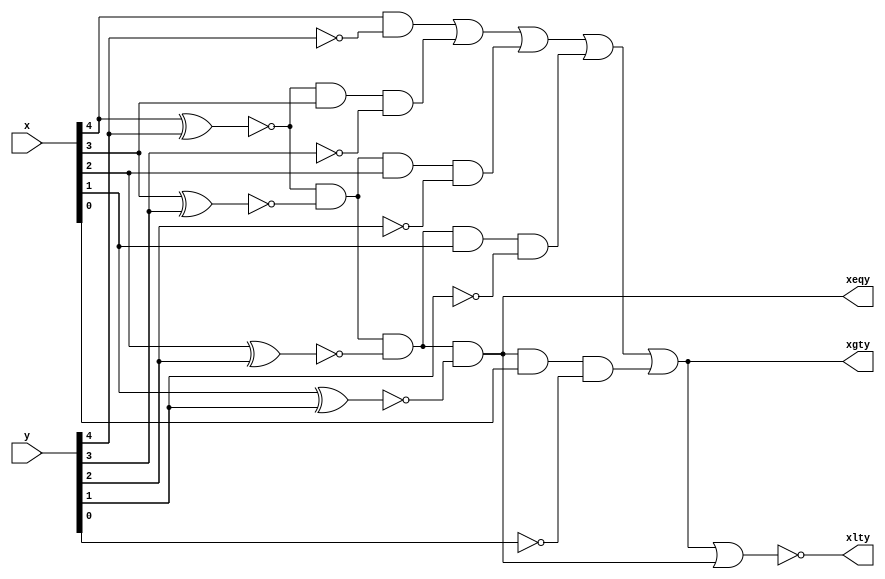
module lab5q1(x,y,xeqy,xgty,xlty);

input [4:0] x,y;
output xeqy,xgty,xlty;
wire i4,i3,i2,i1;

assign i4 = ~(x[4] ^ y[4]);
assign i3 = ~(x[3] ^ y[3]);
assign i2 = ~(x[2] ^ y[2]);
assign i1 = ~(x[1] ^ y[1]);

assign xeqy = i4 & i3 & i2 & i1;
assign xgty = (x[4]& ~y[4]) | (i4 & x[3] & ~y[3]) | (i4 & i3 & x[2] & ~y[2]) | (i4 &i3 &i2 & x[1] & ~y[1]) | (i4 &i3 &i2 &i1 & x[0] & ~y[0]);
assign xlty = ~(xgty|xeqy);

endmodule